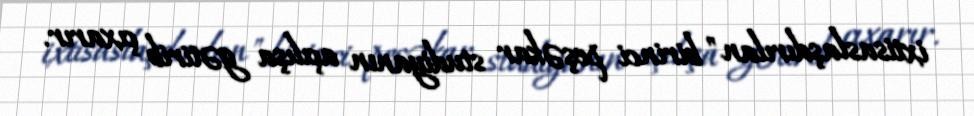
ixtisaslaşdırılan" birinci peşəkar studiyanın açılışa gətirib çıxarır.